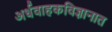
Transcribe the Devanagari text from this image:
अर्धवाहकविज्ञानात